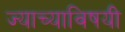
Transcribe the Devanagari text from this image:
ज्याच्याविषयी